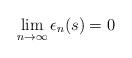
LaTeX: \begin{align*} \lim_{n \to \infty} \epsilon_n(s)=0\end{align*}